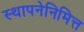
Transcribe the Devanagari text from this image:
स्थापनेनिमित्त